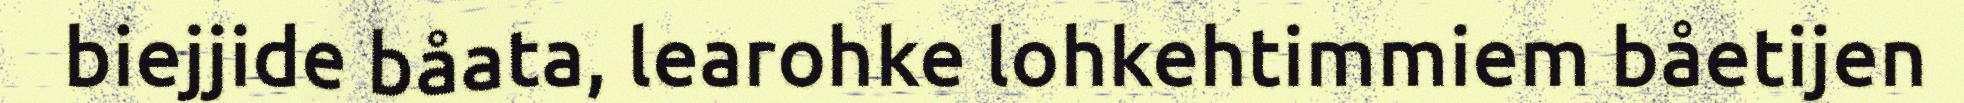
biejjide båata, learohke lohkehtimmiem båetijen